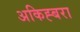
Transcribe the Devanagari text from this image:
अकिह्बरा